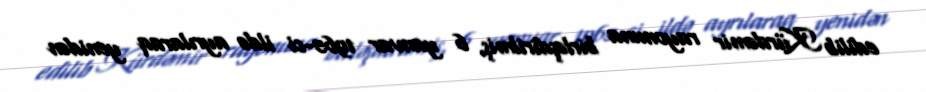
edilib Kürdəmir rayonuna birləşdirilmiş, 6 yanvar 1965-ci ildə ayrılaraq yenidən